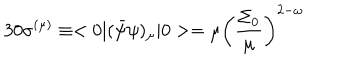
3 0 \sigma ^ { ( \mu ) } \equiv < 0 \vert ( \bar { \psi } \psi ) _ { \mu } \vert 0 > = \mu \left( \frac { \Sigma _ { 0 } } { \mu } \right) ^ { 2 - \omega }